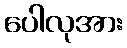
ပေါလုအား